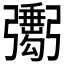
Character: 𢐺